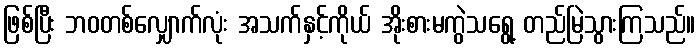
ဖြစ်ပြီး ဘဝတစ်လျှောက်လုံး အသက်နှင့်ကိုယ် အိုးစားမကွဲသရွေ့ တည်မြဲသွားကြသည်။